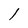
Character: l